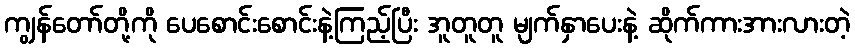
ကျွန်တော်တို့ကို ပေစောင်းစောင်းနဲ့ကြည့်ပြီး အူတူတူ မျက်နှာပေးနဲ့ ဆိုက်ကားအားလားတဲ့